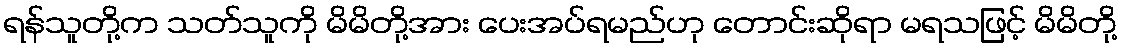
ရန်သူတို့က သတ်သူကို မိမိတို့အား ပေးအပ်ရမည်ဟု တောင်းဆိုရာ မရသဖြင့် မိမိတို့